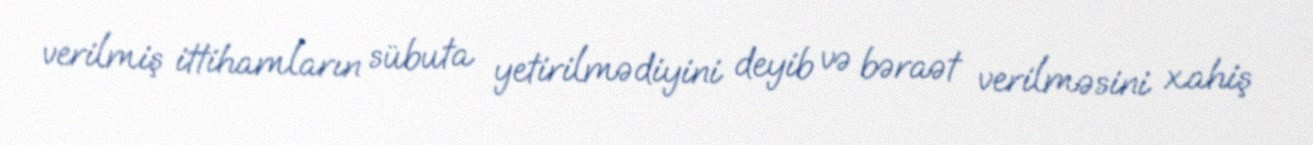
verilmiş ittihamların sübuta yetirilmədiyini deyib və bəraət verilməsini xahiş